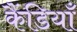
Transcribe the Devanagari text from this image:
कैंडियाँ